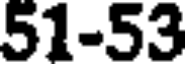
51-53